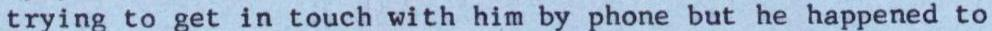
trying to get in touch with him by phone but he happened to